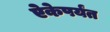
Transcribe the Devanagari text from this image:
ऐकेपर्यंत